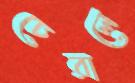
চেরালে